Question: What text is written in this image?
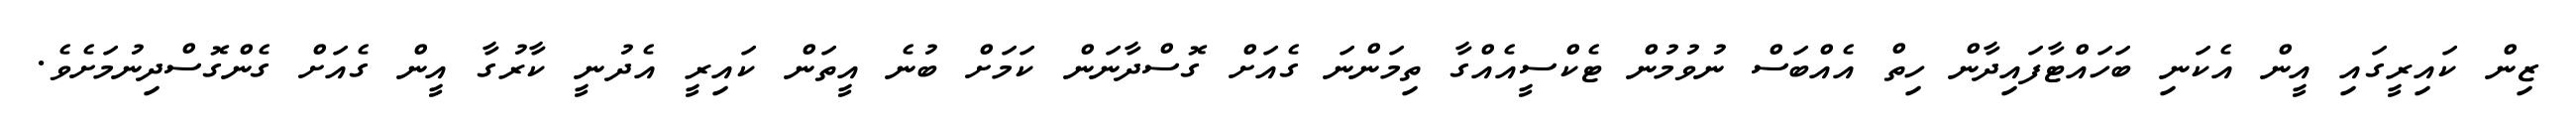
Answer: ޒިން ކައިރީގައި އީން އެކަނި ބަހައްޓާފައިދާން ހިތް އެއްބަސް ނުވުމުން ޓެކްސީއެއްގާ ތިމަންނަ ގެއަށް ގޮސްދާނަން ކަމަށް ބުނެ އީތަން ކައިރީ އެދުނީ ކާރުގާ އީން ގެއަށް ގެންގޮސްދިނުމަށެވެ.